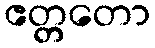
ဧတ္တတော